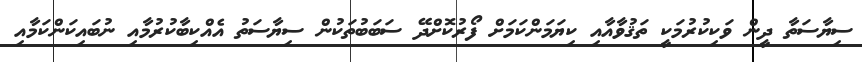
ސިޔާސަތާ ދީން ވަކިކުރުމަކީ ތަޤުވާއާއި ކިޔަމަންކަމަށް ފޯރުކޮށްދޭ ސަބަބުތަކުން ސިޔާސަތު އެއްކިބާކުރުމާއި ނުބައިކަންކަމާއި